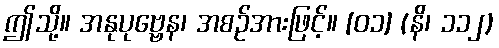
ဤသို့။ အနုပုဗ္ဗေန၊ အစဉ်အားဖြင့်။ [၀၁] (နိ၊ ၁၁၂)